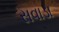
સવાડા